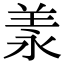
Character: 羕